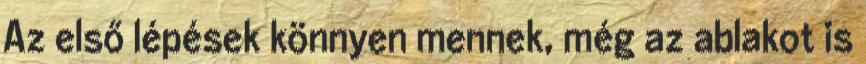
Az első lépések könnyen mennek, még az ablakot is